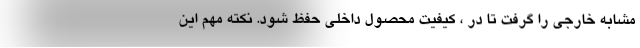
مشابه خارجی را گرفت تا در ، کیفیت محصول داخلی حفظ شود. نکته مهم این